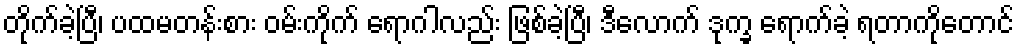
တိုက်ခဲ့ပြီ၊ ပထမတန်းစား ဝမ်းကိုက် ရောဂါလည်း ဖြစ်ခဲ့ပြီ၊ ဒီလောက် ဒုက္ခ ရောက်ခဲ့ ရတာကိုတောင်